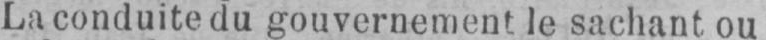
La conduite du gouvernement le sachant, ou